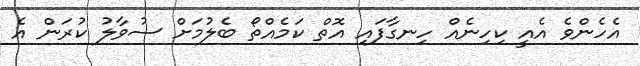
އެހެންވެ އެއީ ކިހިނެއް ހިނގާފައި އޮތް ކަމެއްތޯ ބެލުމަށް ސުވާލު ކުރަން އެ